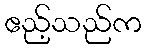
ဧည့်သည်က